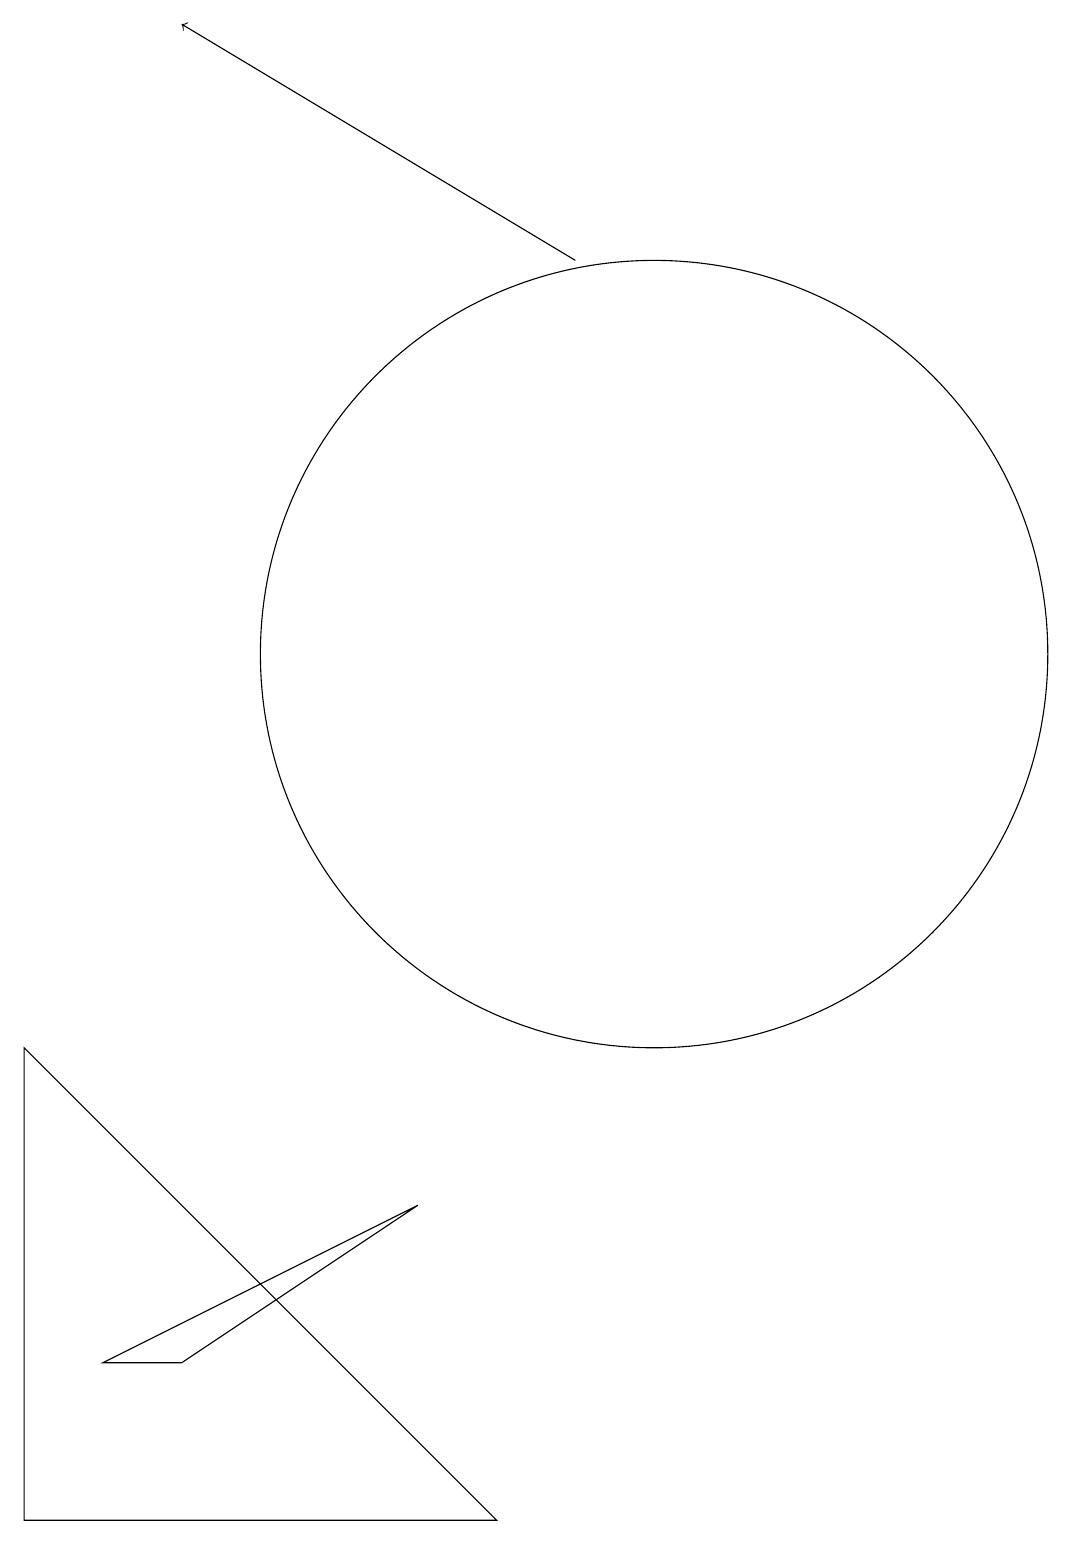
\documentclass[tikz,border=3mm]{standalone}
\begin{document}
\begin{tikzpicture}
\draw[->] (9,16) -- (4,19);
\draw (7,4) -- (3,2) -- (4,2) -- cycle;
\draw (10,11) circle (5);
\draw (10,11) circle (0);
\draw (2,6) -- (8,0) -- (2,0) -- cycle;
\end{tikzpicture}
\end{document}